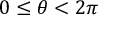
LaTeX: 0 \leq \theta < 2 \pi